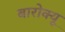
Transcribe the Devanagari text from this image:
बारोक्यू